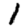
Digit: 1